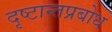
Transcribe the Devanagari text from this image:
दृष्टान्तप्रबोध